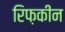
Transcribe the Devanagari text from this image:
रिफ़कीन